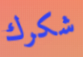
شكرك